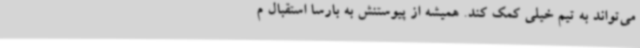
می‌تواند به تیم خیلی کمک کند. همیشه از پیوستنش به بارسا استقبال م